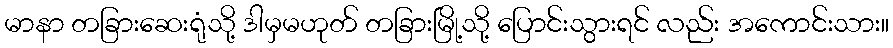
မာနာ တခြားဆေးရုံသို့ ဒါမှမဟုတ် တခြားမြို့သို့ ပြောင်းသွားရင် လည်း အကောင်းသား။